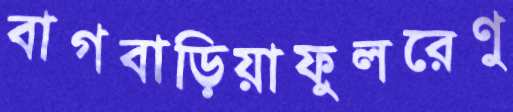
বাগবাড়িয়াফুলরেণু